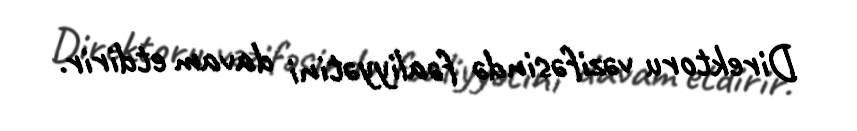
Direktoru vəzifəsində fəaliyyətini davam etdirir.